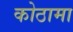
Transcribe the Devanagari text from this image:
कोठामा